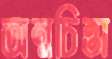
অন্নচিন্তা